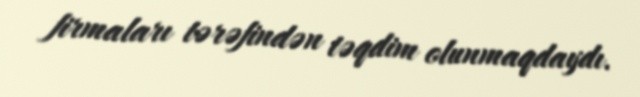
firmaları tərəfindən təqdim olunmaqdaydı.